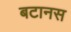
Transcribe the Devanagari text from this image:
बटानस